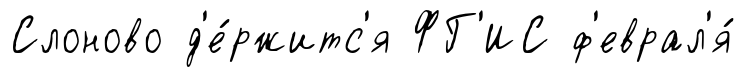
Слоново д'е́ржитс'я ФГ'ИС ф'еврал'я́